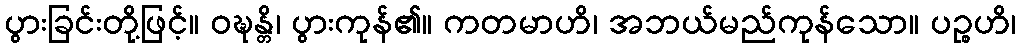
ပွားခြင်းတို့ဖြင့်။ ဝဍ္ဎန္တိ၊ ပွားကုန်၏။ ကတမာဟိ၊ အဘယ်မည်ကုန်သော။ ပဉ္စဟိ၊